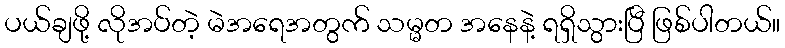
ပယ်ချဖို့ လိုအပ်တဲ့ မဲအရေအတွက် သမ္မတ အနေနဲ့ ရရှိသွားပြီ ဖြစ်ပါတယ်။